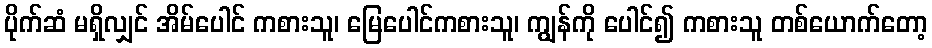
ပိုက်ဆံ မရှိလျှင် အိမ်ပေါင် ကစားသူ၊ မြေပေါင်ကစားသူ၊ ကျွန်ကို ပေါင်၍ ကစားသူ တစ်ယောက်တော့